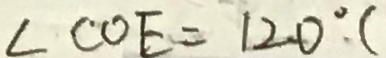
\angle C O E = 1 2 0 ^ { \circ } (